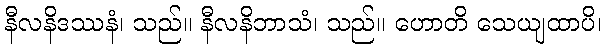
နီလနိဒဿနံ၊ သည်။ နီလနိဘာသံ၊ သည်။ ဟောတိ သေယျထာပိ၊